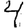
Digit: 4